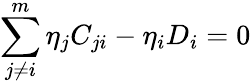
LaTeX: \sum_{j\ne i}^{m}\eta_{j}C_{ji}-\eta_{i}D_{i}=0